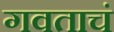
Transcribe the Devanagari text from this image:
गवताचं